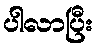
ပါလာပြီး